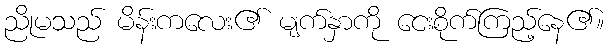
ညိုမသည် မိန်းကလေး၏ မျက်နှာကို ငေးစိုက်ကြည့်နေ၏။